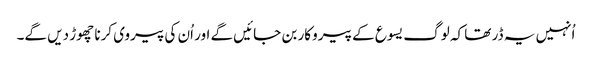
‏ اُنہیں یہ ڈر تھا کہ لوگ یسوع کے پیروکار بن جائیں گے اور اُن کی پیروی کرنا چھوڑ دیں گے۔